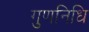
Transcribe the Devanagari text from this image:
गुणनिधि